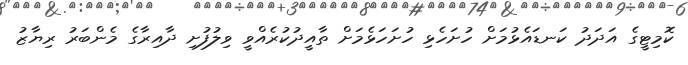
ކޮމިޓީގެ އަދަދު ކަނޑައެޅުމަށް ހުށަހެޅި ހުށަހަޅެމަށް ތާއީދުކުރެއްވީ ވިލުފުށި ދާއިރާގެ މެންބަރު ރިޔާޒު